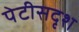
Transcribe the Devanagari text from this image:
पेटीसदृश